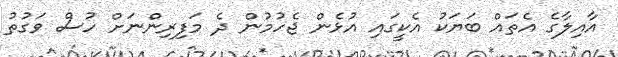
އާއިލާގެ އެތައް ބަޔަކު އެކީގައި އުޅެން ޖެހުމުން ދެ މަފިރިންނަށް ހުސް ވަގުތު